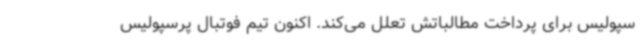
سپولیس برای پرداخت مطالباتش تعلل می‌کند. اکنون تیم فوتبال پرسپولیس